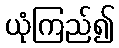
ယုံကြည်၍